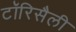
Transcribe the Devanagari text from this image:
टॉरिसैली